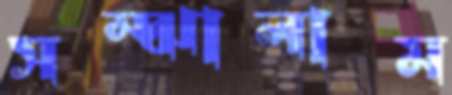
সম্‌ঝালাম